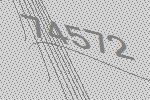
74572